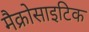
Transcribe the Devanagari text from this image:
मैक्रोसाइटिक